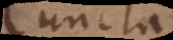
uncta